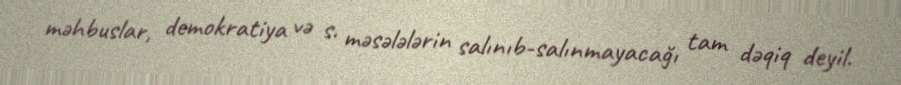
məhbuslar, demokratiya və s. məsələlərin salınıb-salınmayacağı tam dəqiq deyil.